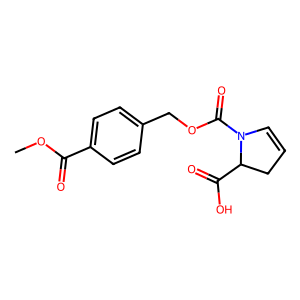
SMILES: COC(=O)c1ccc(COC(=O)N2C=CCC2C(=O)O)cc1
Inhibits HIV replication: No